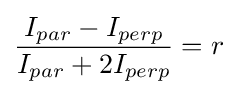
{\frac {I_{par}-I_{perp}}{I_{par}+2I_{perp}}}=r